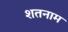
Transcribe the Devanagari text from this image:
शतनाम